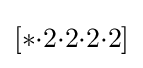
[*{\cdot }2{\cdot }2{\cdot }2{\cdot }2]